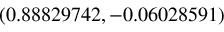
( 0 . 8 8 8 2 9 7 4 2 , - 0 . 0 6 0 2 8 5 9 1 )